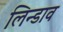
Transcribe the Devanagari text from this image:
लिन्डाव